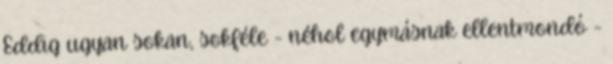
Eddig ugyan sokan, sokféle - néhol egymásnak ellentmondó -